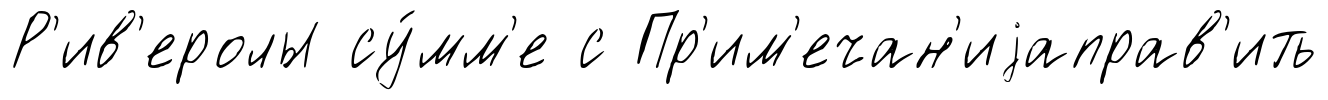
Р'ив'еролы су́мм'е с Пр'им'ечан'иjаправ'ить